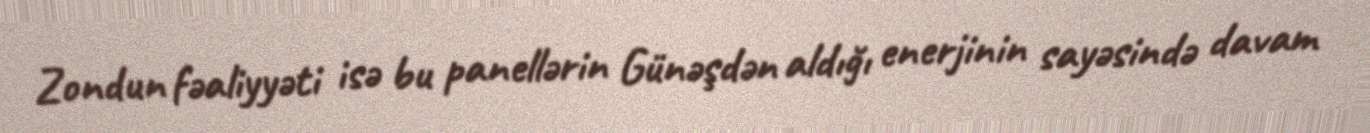
Zondun fəaliyyəti isə bu panellərin Günəşdən aldığı enerjinin sayəsində davam